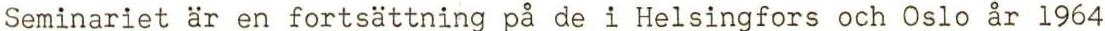
Seminariet är en fortsättning på de i Helsingfors och Oslo år 1964